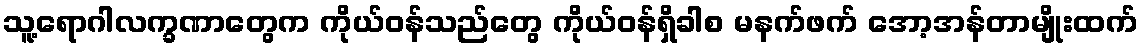
သူ့ရောဂါလက္ခဏာတွေက ကိုယ်ဝန်သည်တွေ ကိုယ်ဝန်ရှိခါစ မနက်ဖက် အော့အန်တာမျိုးထက်